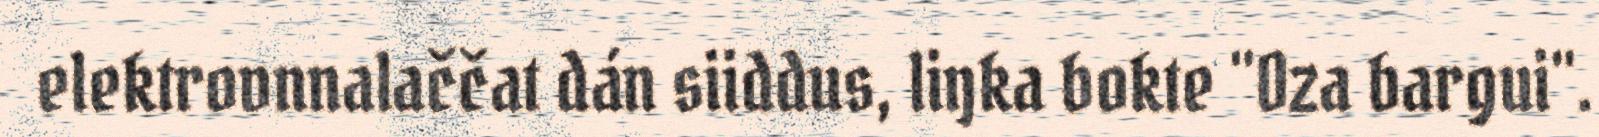
elektrovnnalaččat dán siiddus, liŋka bokte "Oza bargui".